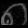
Digit: ၈